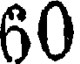
60